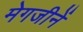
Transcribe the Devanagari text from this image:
मेगजीनें